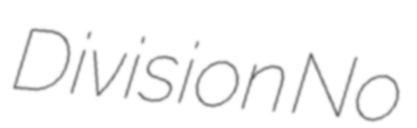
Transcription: Division No